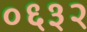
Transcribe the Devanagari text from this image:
०६३२